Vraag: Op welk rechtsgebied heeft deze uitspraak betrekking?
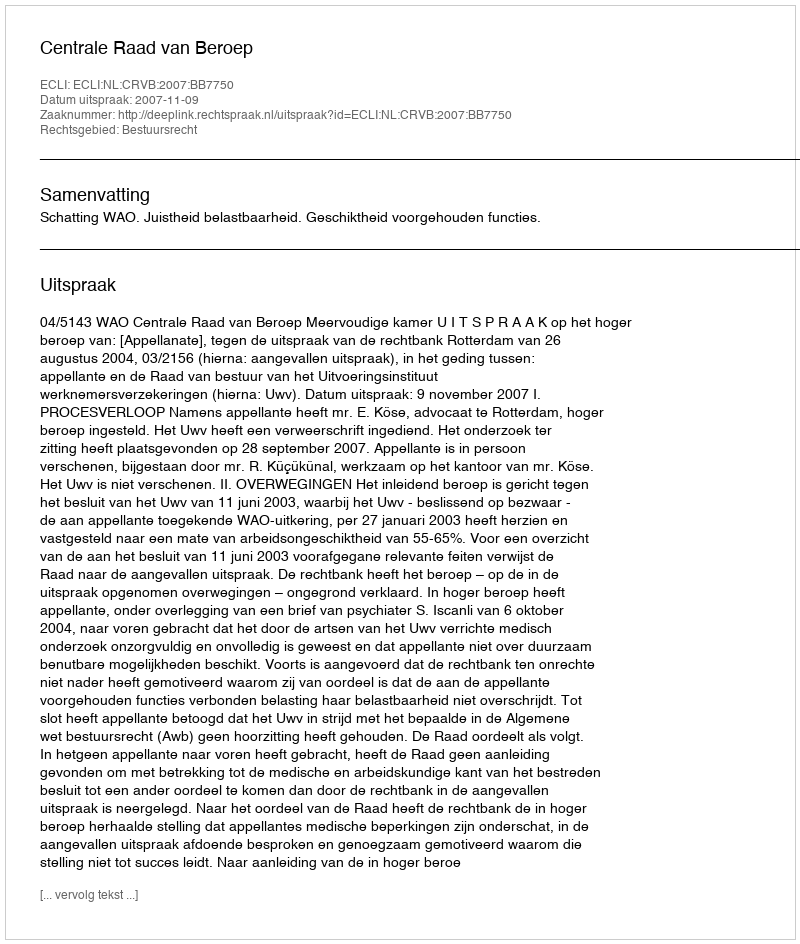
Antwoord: Bestuursrecht